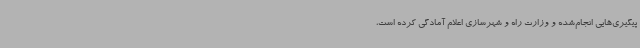
پیگیری‌هایی انجام‌شده و وزارت راه و شهرسازی اعلام آمادگی کرده است،